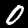
Digit: 0